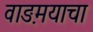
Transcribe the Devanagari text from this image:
वाङ़मयाचा